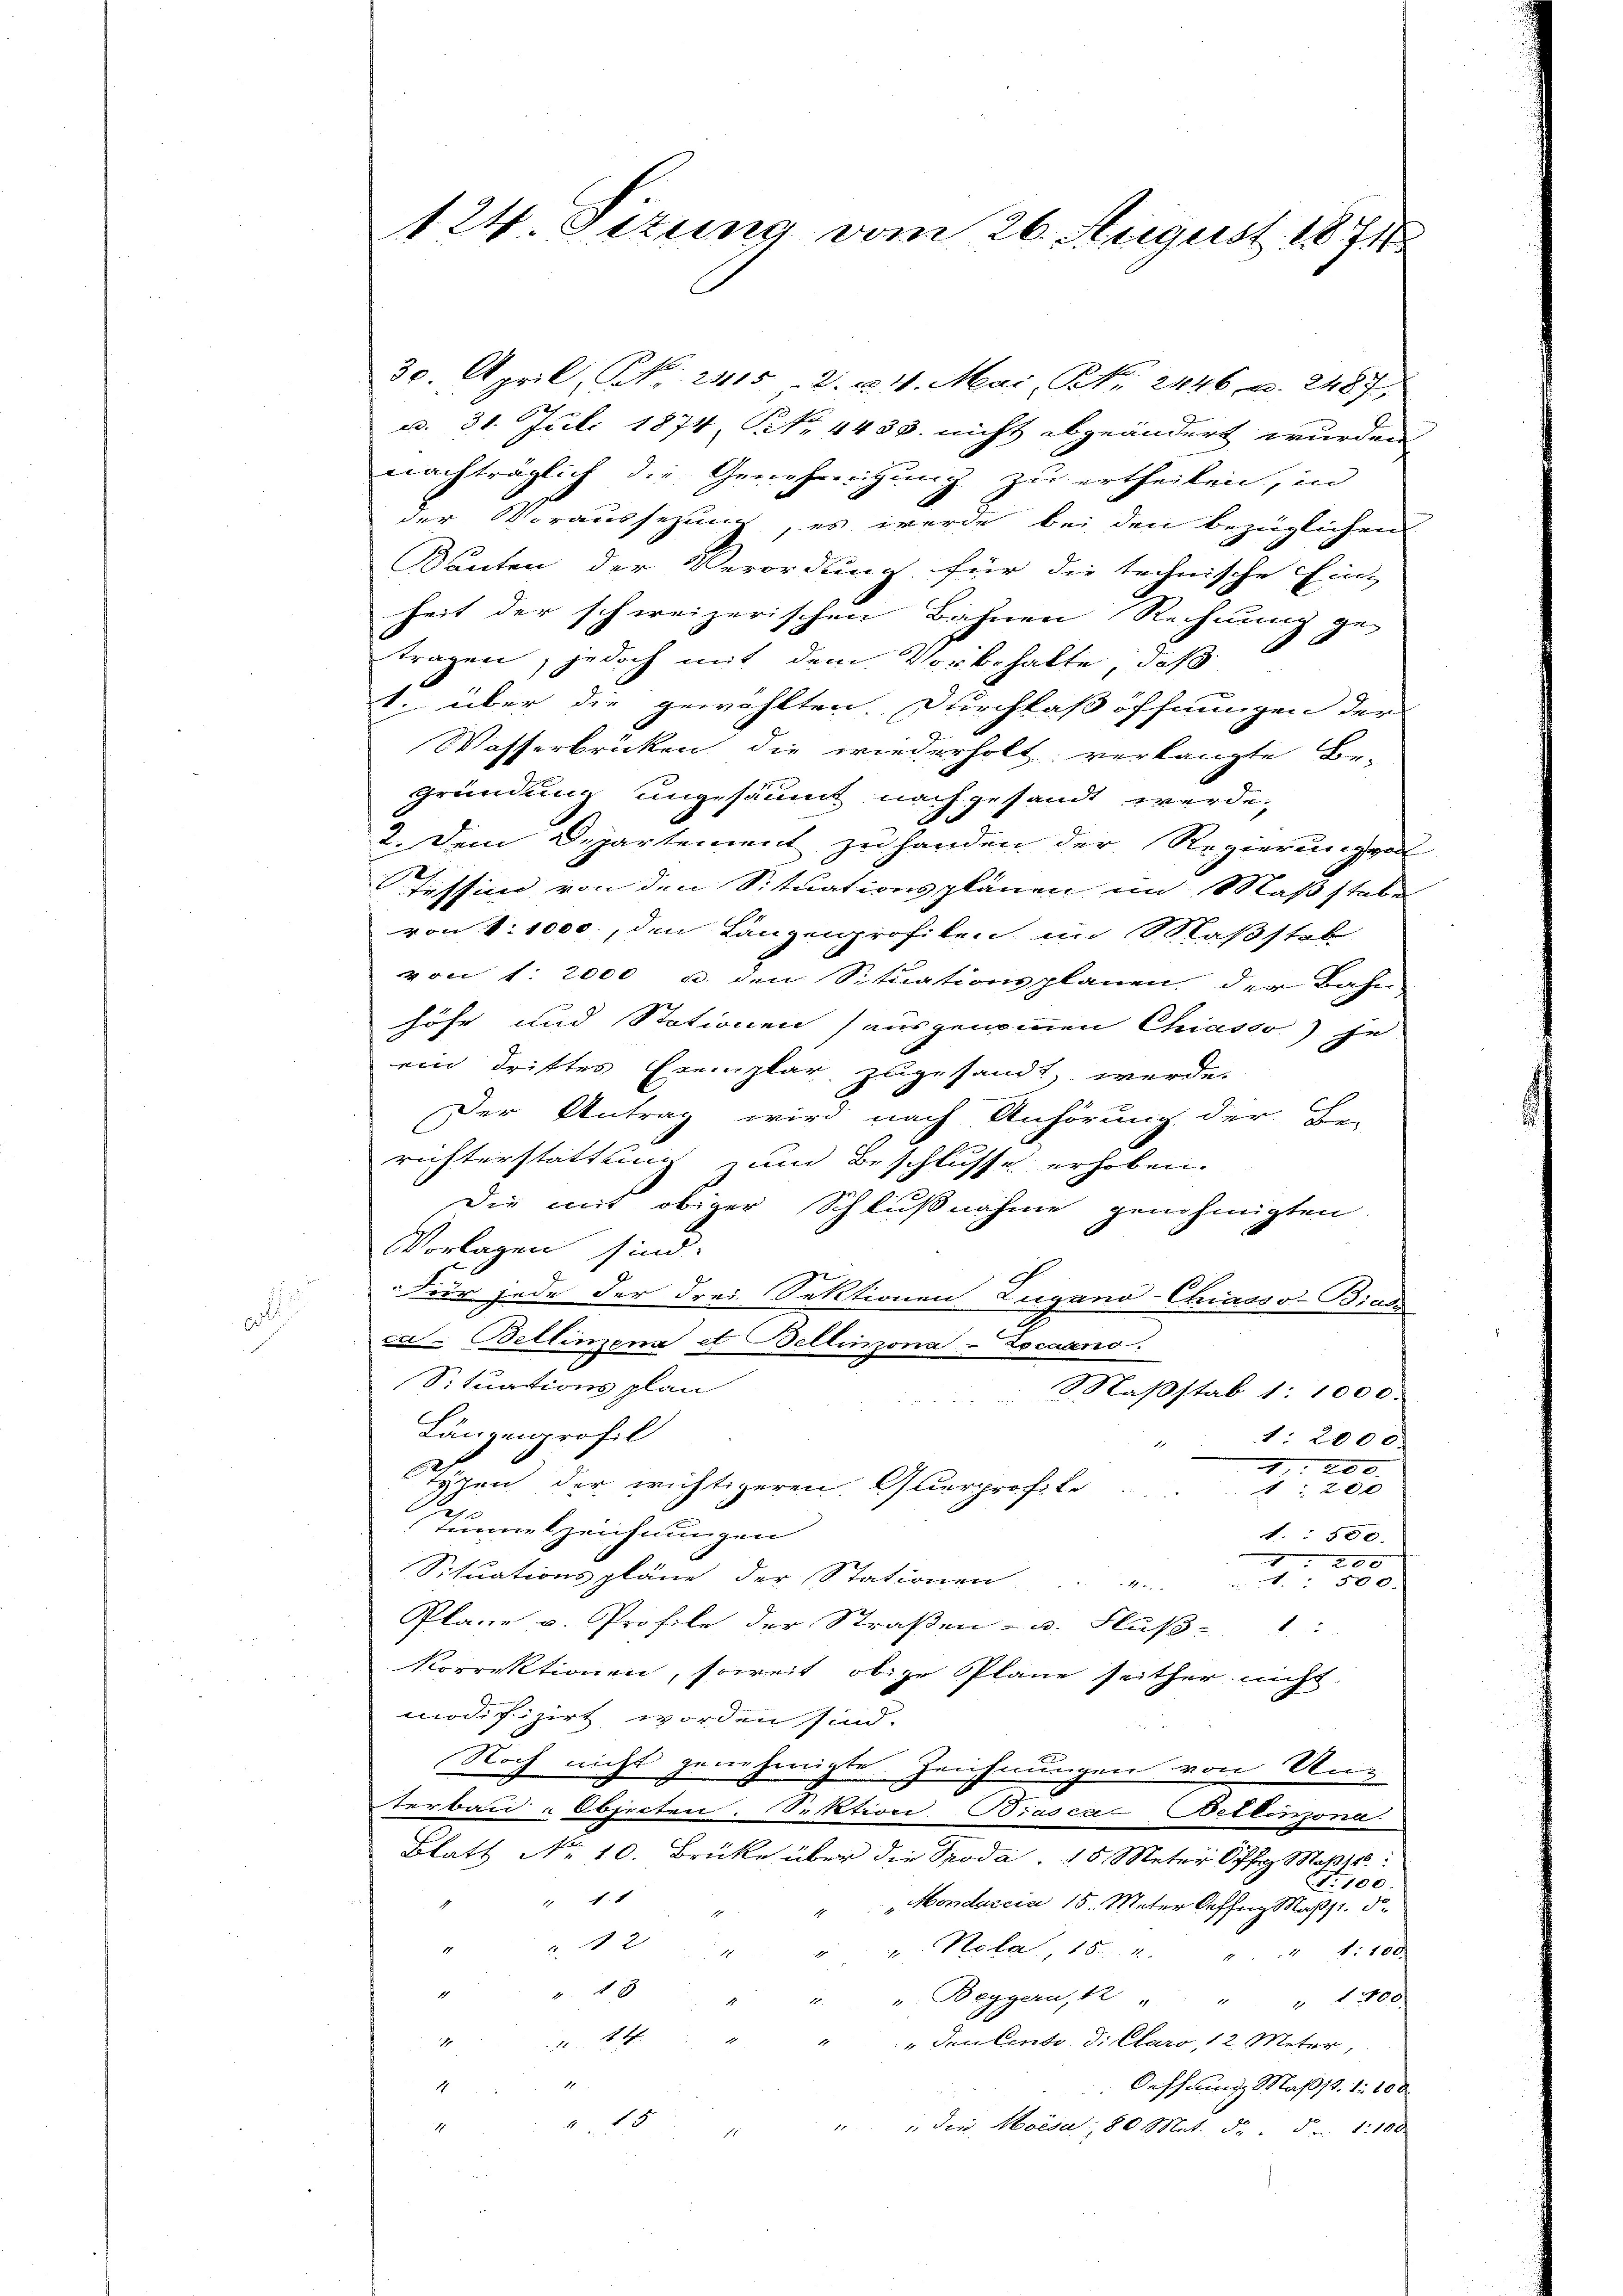
t

124 Ottung vom 26. August 1874

30. April, No. 2415 - 2. u 1. Mai, NNo. 2446 u. 2487.
dd. 31. Juli 1874, No. 4433. nicht abgeändert wurden
nachträglich die Genehmigung zu ertheilen, in
der Voraussezung, es werde bei den bezüglichen
Danten der Verordnung für die technische Ein-
heit der schweizerischen Bahnen Rechnung ge-
tragen, jedoch mit dem Vorbehalte, daß
v. über die gewählten Durchlaßöffnungen der
Wasserbrücken die wiederholt verlangte Be-
Gründung ungesäumt nach gesandt werde.
2. Dem Departement zu handen der Regierungsal
Tessin von den Situationsplänen im Maßstabe
von 1:1000, den Langenprofilen im Maßstab
von 1. 2000 u. den Situationsplanen der Bahn
Höhe und Stationen (ausgenommen Chiasso) je
ein drittes Exemplar zugesandt werde.
Der Antrag wird nach Anhörung der B.
richterstattung zum Beschlusse erhoben.
Die mit obiger Schlußnahme genehmigten
Vorlagen sind.
Für jede der drei Sektionen Lugano-Chiasso-Biass
ca-Bellimens et Bellinzona - Locarno.
Situationsplan
Maßstab 1:1000.
Länzenprofil
1: 2000
200.
Typen der wichtigeren Glurprof. Er
1200
Tanneszeichnungen
1. 500.
200
Situationspläne der Stationen u.
" 500
Plane v. Profile der Straßen- u. Fluß-. 1:
Korrektionen, soweit obige Pläne seither nicht
modifizirt worden sind.
Noch nicht genehmigte Zeichnungen von Un-
terbau - Objecten. Sektion Biasca Bellinzona.
Blatt No 10. Brücke über die Spoda - 15 Meter Off. Ma
No. 100.
 4 x
"Mondaccia 15. Mater Caffig Mart. 5.
4 " " Kala, 15. 4. " " 1:100.
" " 18 " " u. v. Beggern, 12 " " 1200.
84 " " " " den Cente, d. Claro, 12. Mater,
Oeffnung Masst. 1. 100
22
2.10
" " die Moisa, 80 Met. d. d. 1:100
1
g